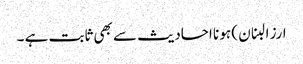
ارز البنان ) ہو نا احادیث سے بھی ثابت ہے ۔